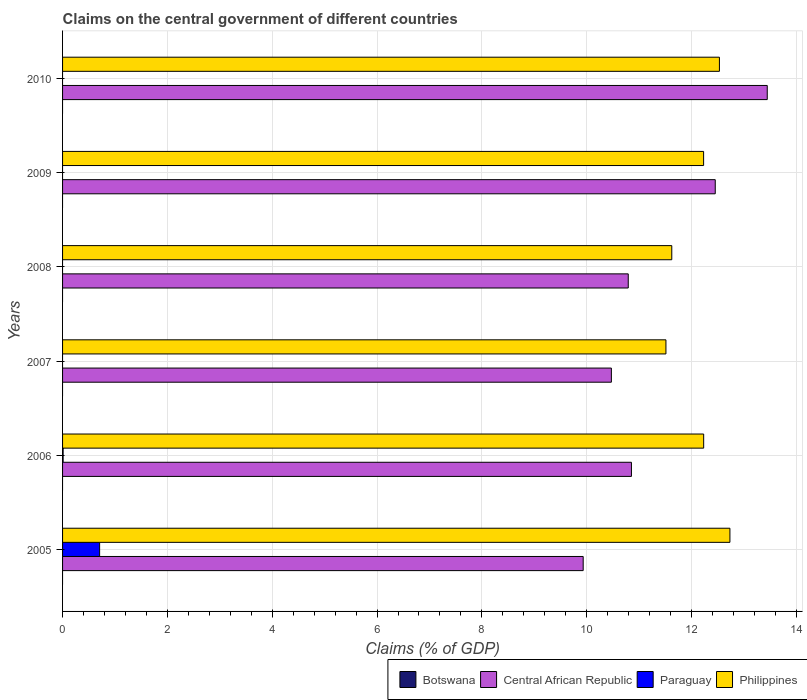
| Years | Botswana | Central African Republic | Paraguay | Philippines |
 | --- | --- | --- | --- | --- |
 | 2005 | -25.9 | 9.93 | 0.707 | 12.7 |
 | 2006 | -35.9 | 10.9 | 0.0107 | 12.2 |
 | 2007 | -41.4 | 10.5 | -1.51 | 11.5 |
 | 2008 | -39.8 | 10.8 | -3.09 | 11.6 |
 | 2009 | -30.5 | 12.5 | -4.22 | 12.2 |
 | 2010 | -16.8 | 13.4 | -5.68 | 12.5 |